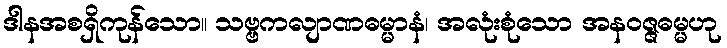
ဒါနအစရှိကုန်သော။ သဗ္ဗကလျာဏဓမ္မာနံ၊ အလုံးစုံသော အနဝဇ္ဇဓမ္မဟု